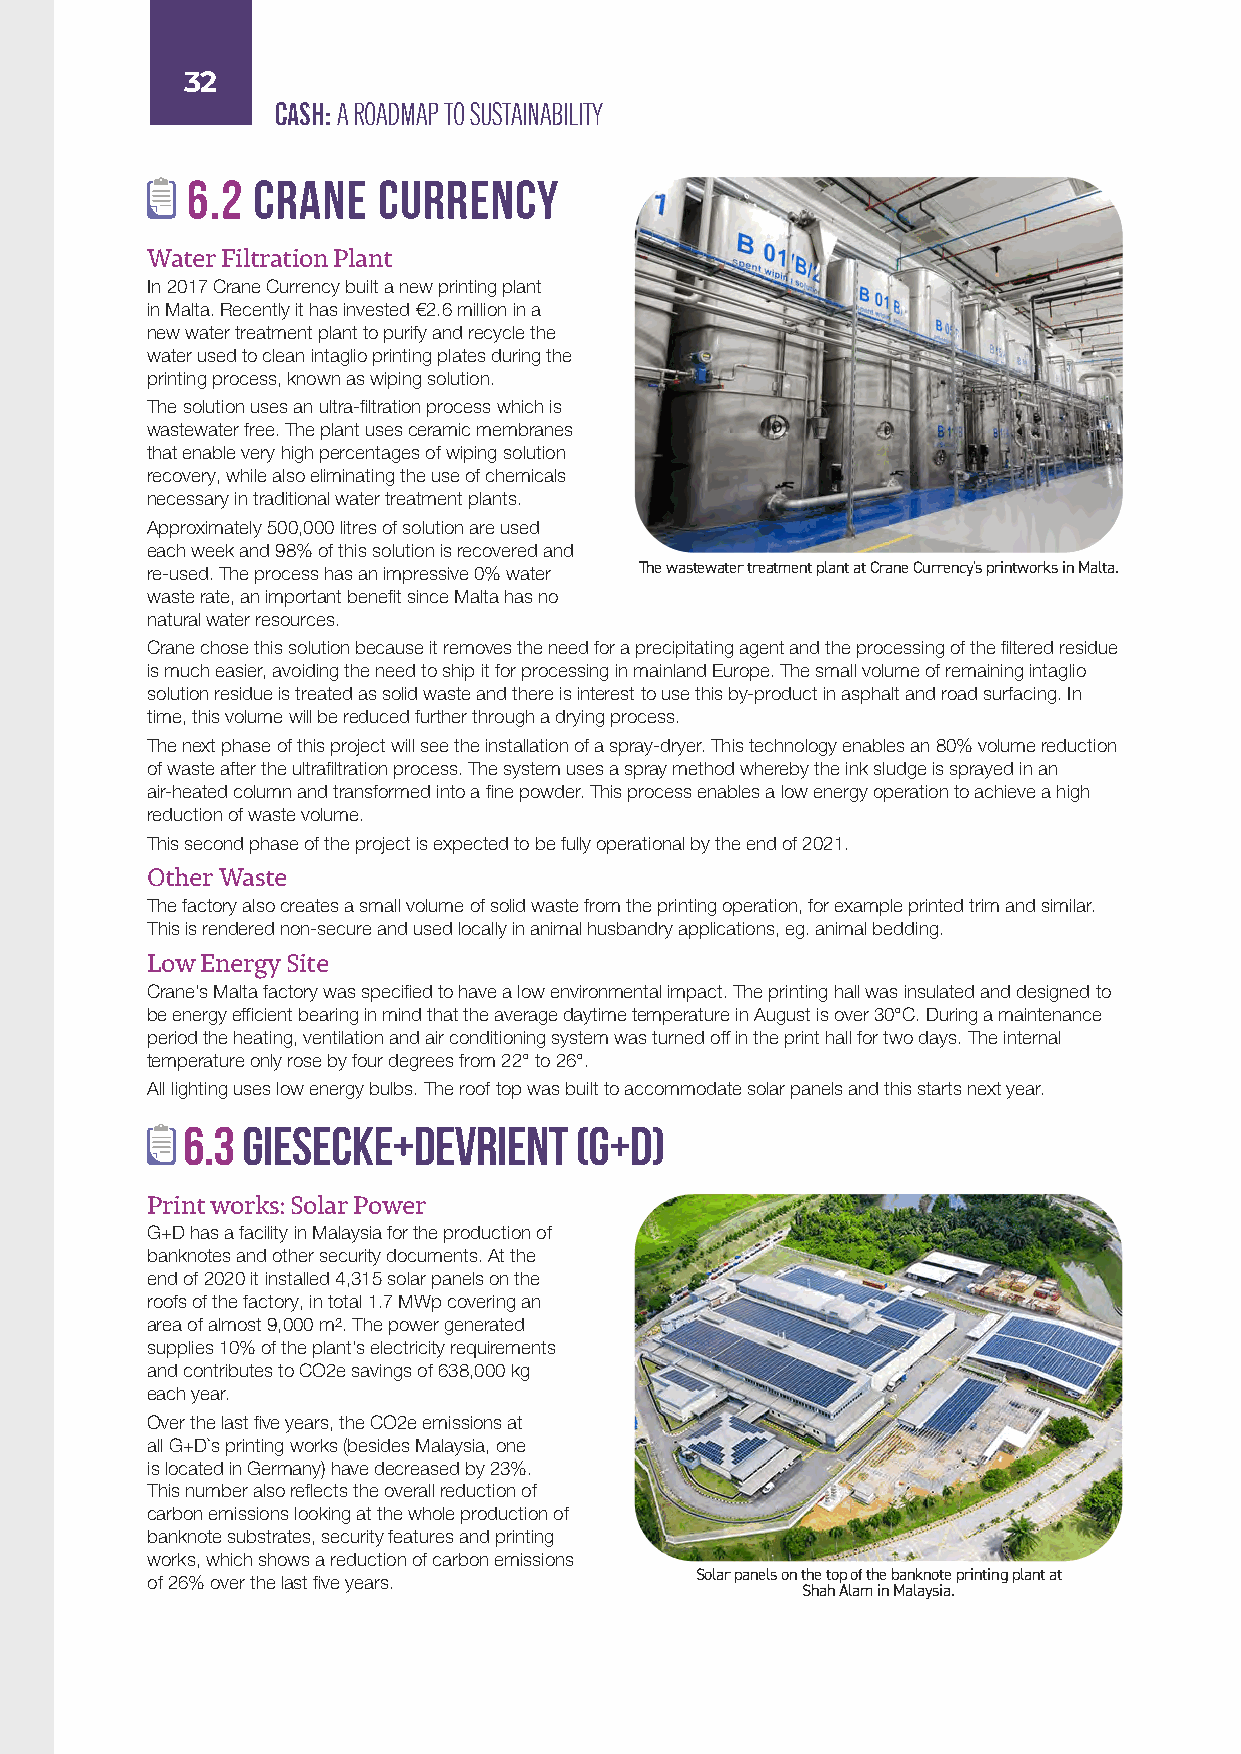
32
 CASH: A ROADMAP TO SUSTAINABILITY
 6.2  Crane   Currency
 Water Filtration Plant
 In 2017 Crane Currency built a new printing plant
 in Malta. Recently it has invested €2.6 million in a
 new water treatment plant to purify and recycle the
 water used to clean intaglio printing plates during the
 printing process, known as wiping solution.
 The solution uses an ultra-filtration process which is
 wastewater free. The plant uses ceramic membranes
 that enable very high percentages of wiping solution
 recovery, while also eliminating the use of chemicals
 necessary in traditional water treatment plants.
 Approximately 500,000 litres of solution are used
 each week and 98% of this solution is recovered and
 re-used. The process has an impressive 0% water The wastewater treatment plant at Crane Currency's printworks in Malta.
 waste rate, an important benefit since Malta has no
 natural water resources.
 Crane chose this solution because it removes the need for a precipitating agent and the processing of the filtered residue
 is much easier, avoiding the need to ship it for processing in mainland Europe. The small volume of remaining intaglio
 solution residue is treated as solid waste and there is interest to use this by-product in asphalt and road surfacing. In
 time, this volume will be reduced further through a drying process.
 The next phase of this project will see the installation of a spray-dryer. This technology enables an 80% volume reduction
 of waste after the ultrafiltration process. The system uses a spray method whereby the ink sludge is sprayed in an
 air-heated column and transformed into a fine powder. This process enables a low energy operation to achieve a high
 reduction of waste volume.
 This second phase of the project is expected to be fully operational by the end of 2021.
 Other Waste
 The factory also creates a small volume of solid waste from the printing operation, for example printed trim and similar.
 This is rendered non-secure and used locally in animal husbandry applications, eg. animal bedding.
 Low Energy Site
 Crane’s Malta factory was specified to have a low environmental impact. The printing hall was insulated and designed to
 be energy efficient bearing in mind that the average daytime temperature in August is over 30°C. During a maintenance
 period the heating, ventilation and air conditioning system was turned off in the print hall for two days. The internal
 temperature only rose by four degrees from 22° to 26°.
 All lighting uses low energy bulbs. The roof top was built to accommodate solar panels and this starts next year.
 6.3 Giesecke+Devrient     (G+D)
 Print works: Solar Power
 G+D has a facility in Malaysia for the production of
 banknotes and other security documents. At the
 end of 2020 it installed 4,315 solar panels on the
 roofs of the factory, in total 1.7 MWp covering an
 area of almost 9,000 m2. The power generated
 supplies 10% of the plant’s electricity requirements
 and contributes to CO2e savings of 638,000 kg
 each year.
 Over the last five years, the CO2e emissions at
 all G+D`s printing works (besides Malaysia, one
 is located in Germany) have decreased by 23%.
 This number also reflects the overall reduction of
 carbon emissions looking at the whole production of
 banknote substrates, security features and printing
 works, which shows a reduction of carbon emissions
 Solar panels on the top of the banknote printing plant at
 of 26% over the last five years.
 Shah Alam in Malaysia.